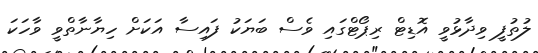
ލުތުފީ ވިދާޅުވީ އޮޑިޓް ރިޕޯޓްގައި ވެސް ބަޔަކު ފައިސާ އަކަށް ހިޔާނާތްވީ ވާހަކަ